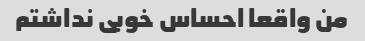
من واقعا احساس خوبی نداشتم